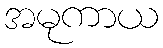
အမုကာယ